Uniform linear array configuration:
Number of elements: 32
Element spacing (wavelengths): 0.75
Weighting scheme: hann
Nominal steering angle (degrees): -15
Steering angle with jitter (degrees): -15.058
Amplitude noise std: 0.05
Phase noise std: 0.05

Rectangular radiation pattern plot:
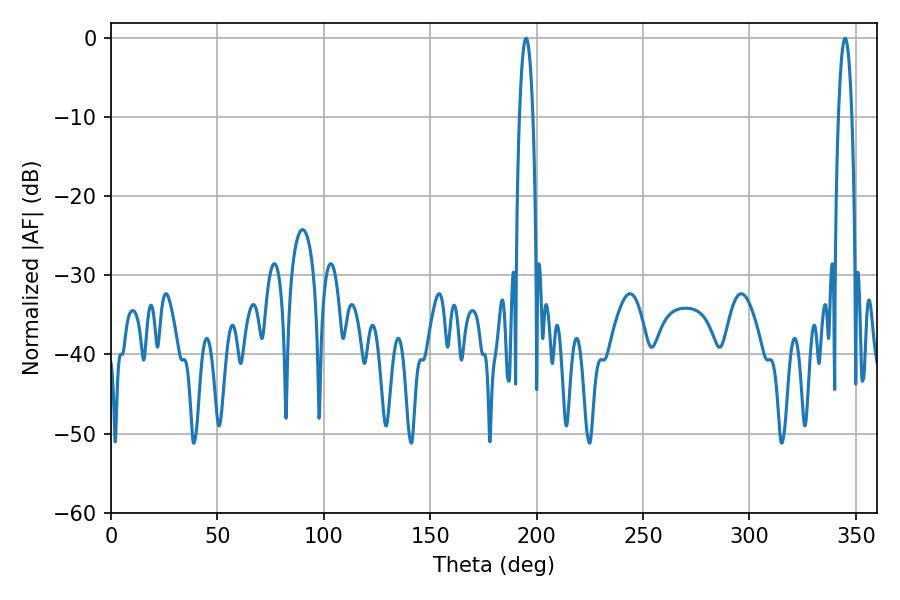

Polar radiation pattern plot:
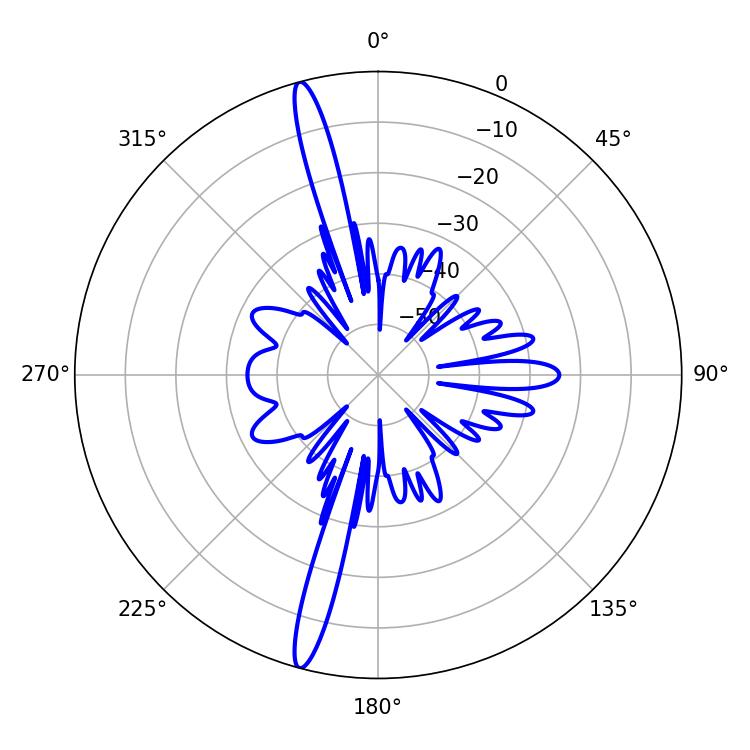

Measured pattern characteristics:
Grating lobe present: TRUE
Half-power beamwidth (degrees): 3.42
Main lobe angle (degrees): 195.12